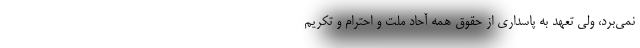
نمی‌برد، ولی تعهد به پاسداری از حقوق همه آحاد ملت و احترام و تکریم